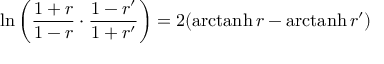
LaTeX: \ln \left( { \frac { 1 + r } { 1 - r } } \cdot { \frac { 1 - r ^ { \prime } } { 1 + r ^ { \prime } } } \right) = 2 ( \operatorname { a r c t a n h } r - \operatorname { a r c t a n h } r ^ { \prime } )